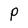
Character: P